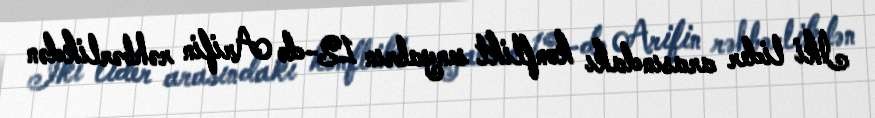
İki lider arasındakı konflikt senyabrın 12-də Arifin rəhbərlikdən